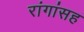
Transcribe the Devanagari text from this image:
रांगांसह